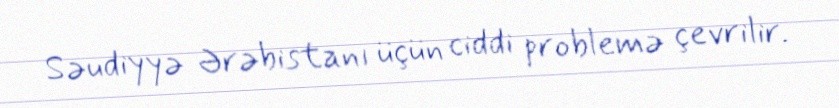
Səudiyyə Ərəbistanı üçün ciddi problemə çevrilir.